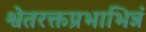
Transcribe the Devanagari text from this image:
श्वेतरक्तप्रभाभिन्नं